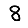
Digit: 8